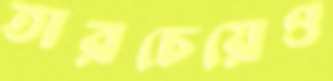
তারচেয়েও